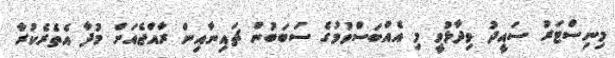
މިނިސްޓަރު ސައީދު ވިދާޅުވީ މި އެއްބަސްވުމުގެ ސަބަބުން ޗައިނާއިން ރާއްޖެއަށް މުދާ އެތެރެކުރާ